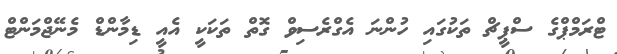
ޓްރަމްޕްގެ ސްޕީޗް ތަކުގައި ހުންނަ އެގްރެސިވް ގޮތް ތަކަކީ އެއީ ޑިމާންޑް މެނޭޖްމަންޓް